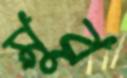
মুর